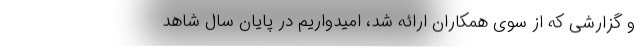
و گزارشی که از سوی همکاران ارائه شد، امیدواریم در پایان سال شاهد